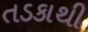
તડકાથી